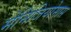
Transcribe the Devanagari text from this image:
मेनिंजियोमास